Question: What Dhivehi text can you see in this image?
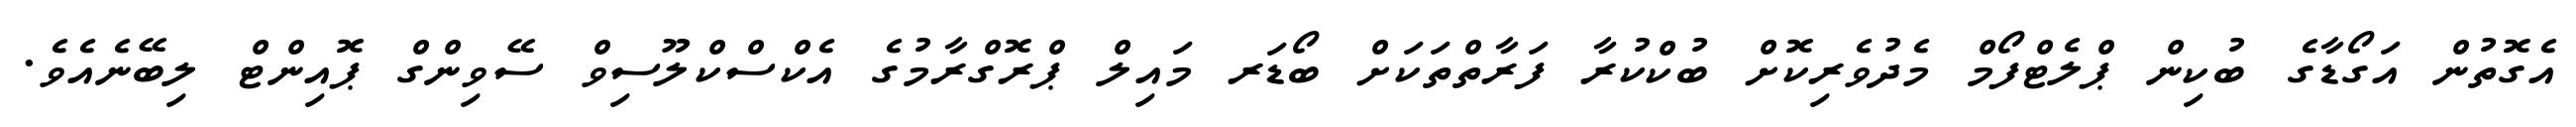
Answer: އެގޮތުން އަގޯޑާގެ ބުކިން ޕްލެޓްފޯމް މެދުވެރިކޮށް ބުކްކުރާ ފަރާތްތަކަށް ބޯޑަރ މައިލް ޕްރޮގްރާމުގެ އެކްސްކްލޫސިވް ސޭވިންގް ޕޮއިންޓް ލިބޭނެއެވެ.